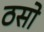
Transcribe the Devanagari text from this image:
ठसो